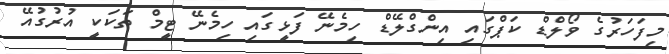
މިފަހަރުގެ ވޯލްޑް ކަޕްގައި އިންގްލޭޑް ހިމެނޭ ފަޅީގައި ހިމެނޭ ޓީމް ތަކަކީ އުރުގުއޭ